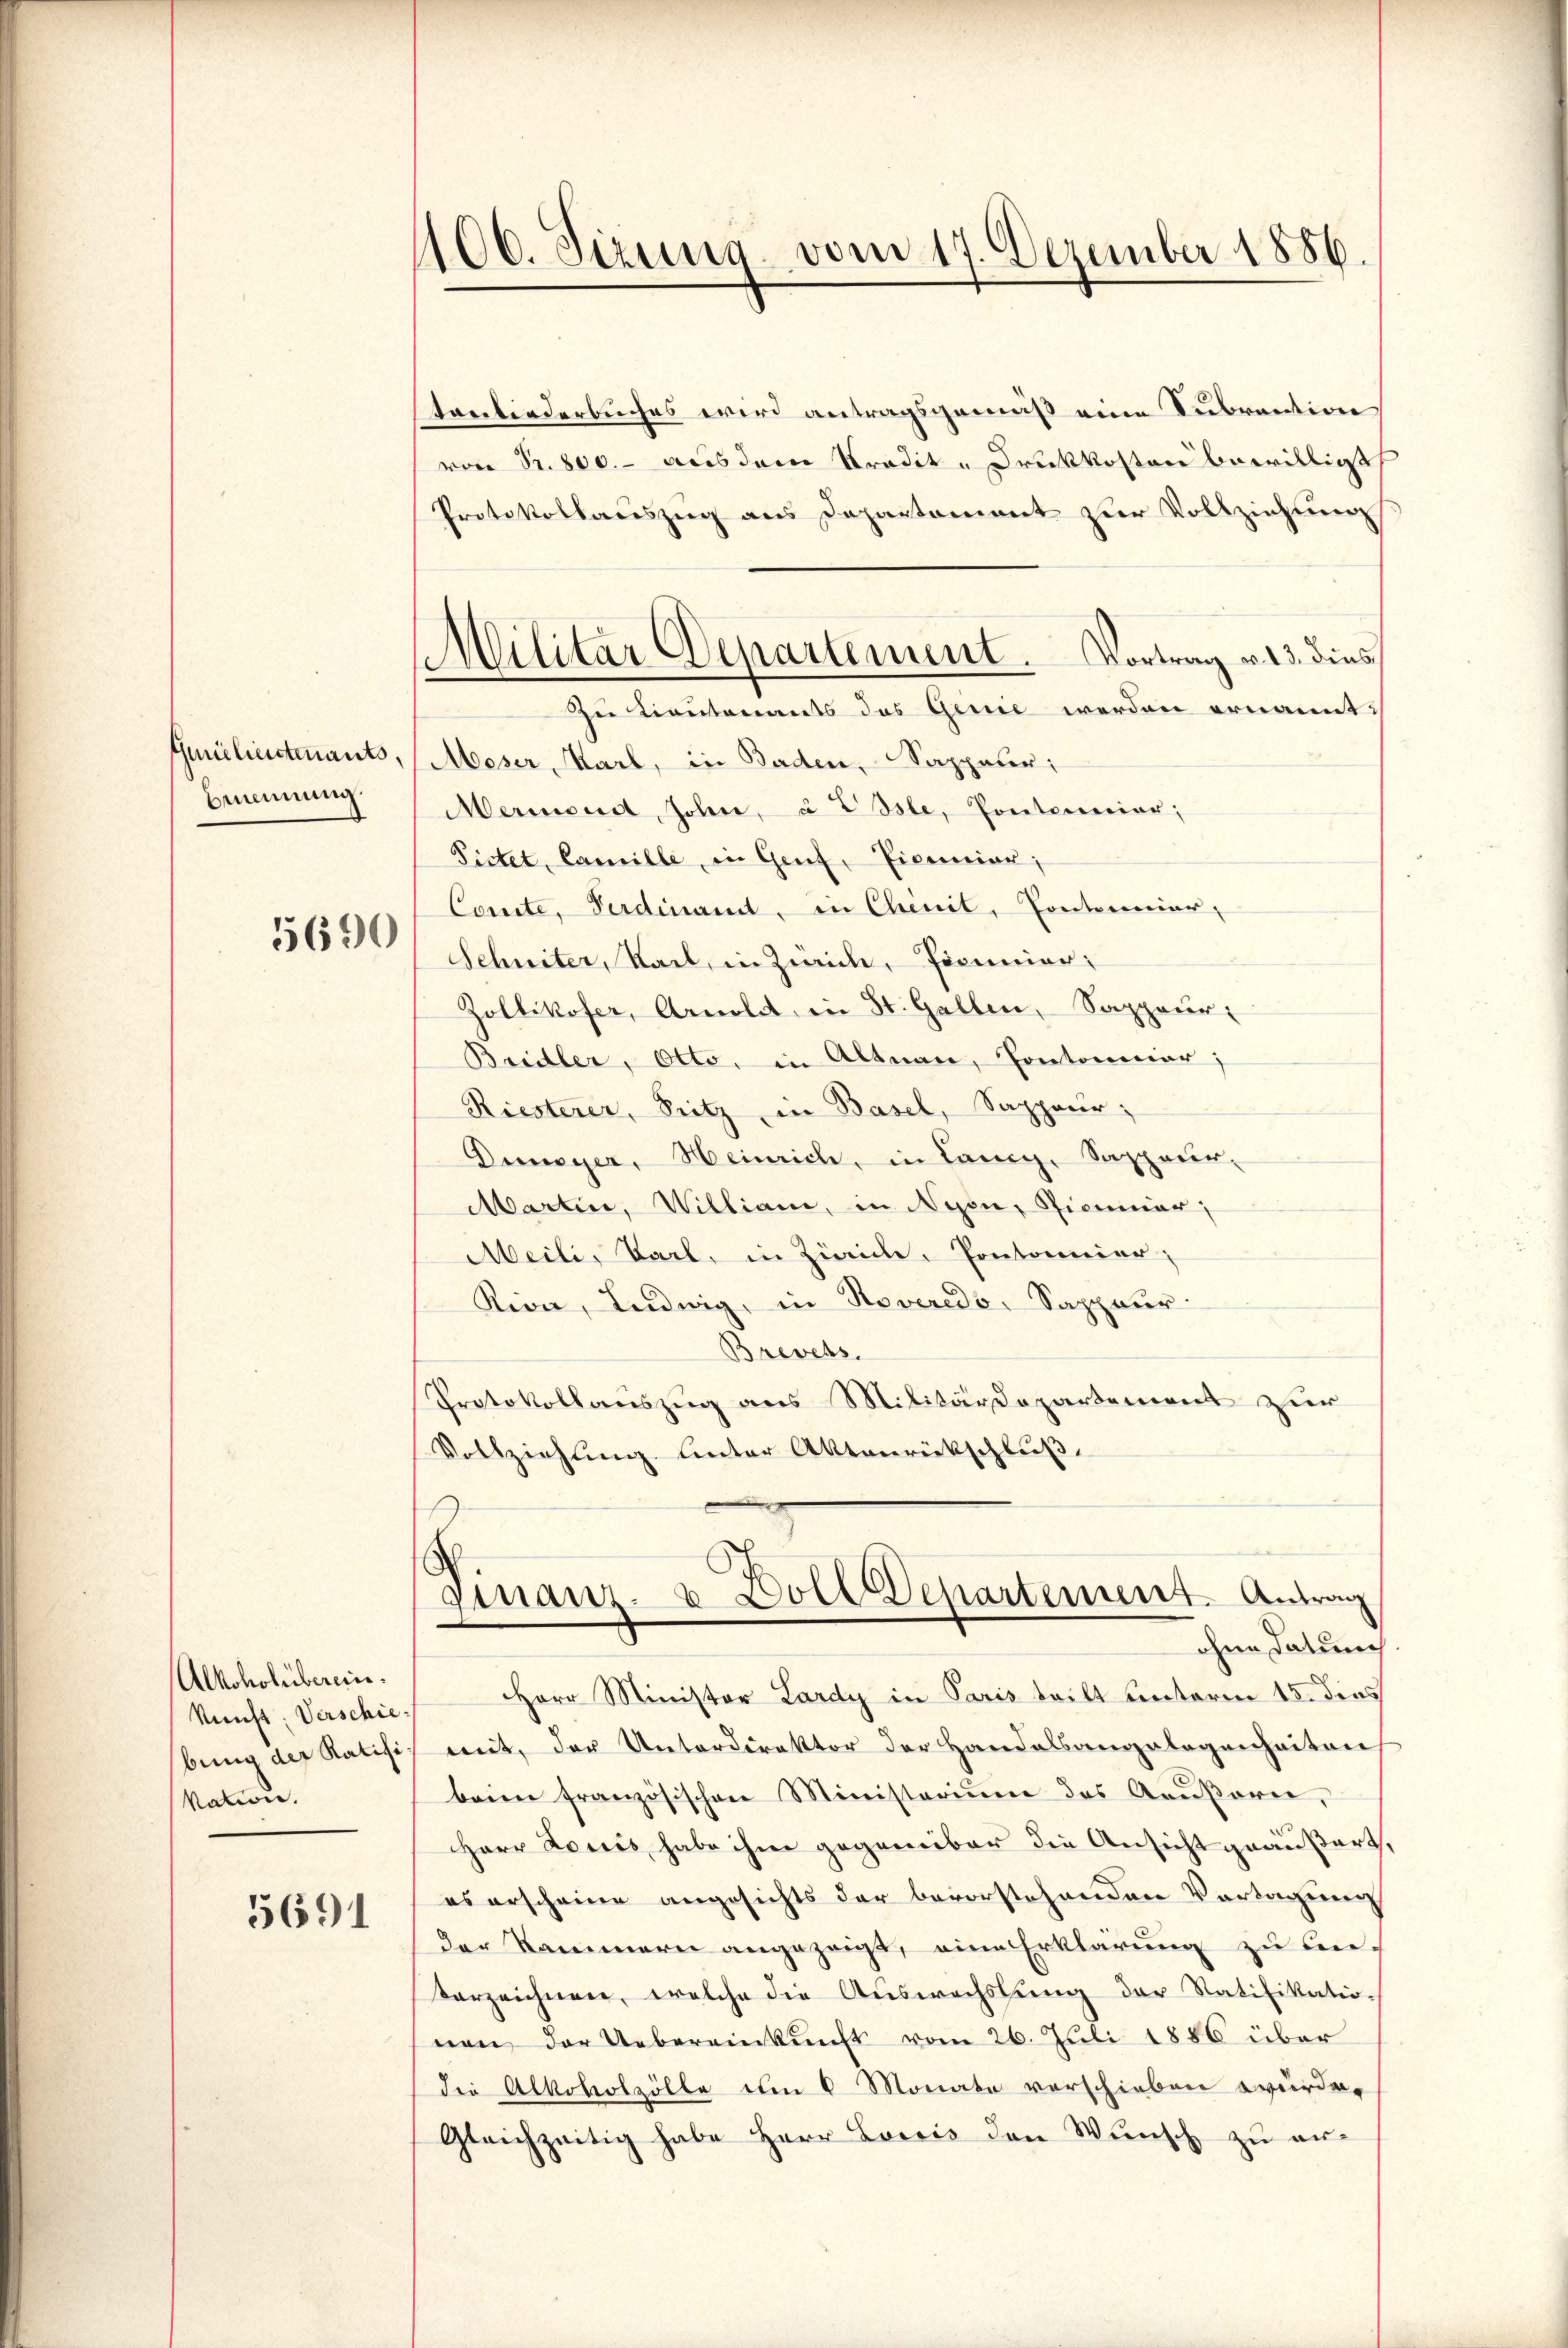
Gmelinistenants,
Bemmung.
5690

Alkoholüberein.
Nunst: Verschiebung der Ratifi
Nation.

5691

106. Seizung vom 17. Dezember 1886.

Militar Departement. Vortrag v. 23. dies

tanliederbuches wird antragsgemäß eine Subvention
von Sr. 800. - aus dem Pradit-Druckkosten bewilligt,
Protokollauszug aus Departement zur Vollziehung
Zu Lieutenants das Gerne werden ernannt:
Moser, Karl, in Baden, Sappeur;
Mermend, Johne, à EOsle, Ponternier;
Fictet, Camille in Genf, Picuniar;
Comite, Ferdinamt, in Chinil, Conternier,
Schniter, Sail, in Zürich, Picuniar;
Zollikofer, Arnold in St. Gallen, Sappeur:
Beidler, Otto, in Altnau, Pontomiar;
Riesterer, Pritz in Basel, Sappeur;
Dunayer, Heinrich, in Lang, Sappeur-
Martin, William, in Nyon, Siminar
Meili, Bart, in Zürich, Pontonnier,
Rion, Ludwig, in Roveredo, Sappeur:
Brevets.
Protokollauszug aus Militärdepartement zur
Vollziehung. Unter Aktenrückschluß.

Finanz- u Doll Departement. Antrag
ohne Datum

Herr Minister Lardy in Paris teilt unterm 15. dies
meit, der Unterdirektor der Handelsangelegenheiten
beim französischen Ministeriŭm des Arŭβare,
Herr Louis habe ihm gegenüber die Ansicht geäußert,
es erscheine angesichts der bevorstehenden Vortagung
der Kammern angezeigt, eine Erklärung zu bevorzeichnen, welche die Auswechslung der Ratifikatio-
nen der Uebereinkunft vom 26. Juli 1886 über
die Alkoholzölle um 6 Monate verschieben würde.
Gleichzeitig habe Herr Losis den Wunsch zu er¬